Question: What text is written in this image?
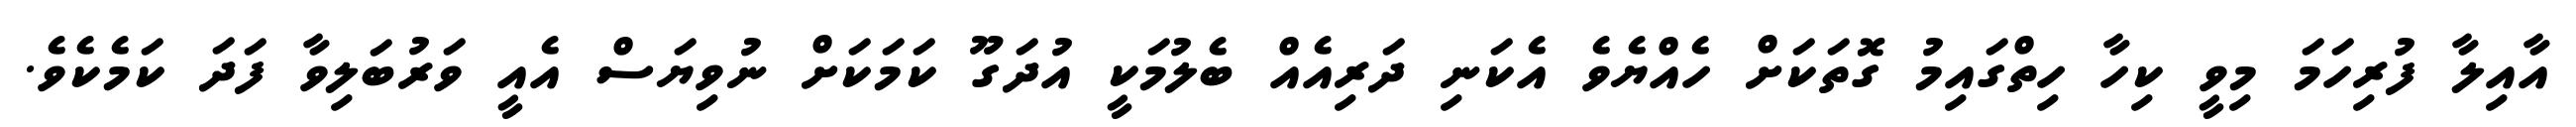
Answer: އާއިލާ ފުރިހަމަ މިވީ ކިހާ ހިތްގައިމު ގޮތަކަށް ހެއްޔެވެ އެކަނި ދަރިއެއް ބެލުމަކީ އުދަގޫ ކަމަކަށް ނުވިޔަސް އެއީ ވަރުބަލިވާ ފަދަ ކަމެކެވެ.